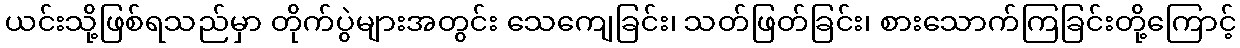
ယင်းသို့ဖြစ်ရသည်မှာ တိုက်ပွဲများအတွင်း သေကျေခြင်း၊ သတ်ဖြတ်ခြင်း၊ စားသောက်ကြခြင်းတို့ကြောင့်